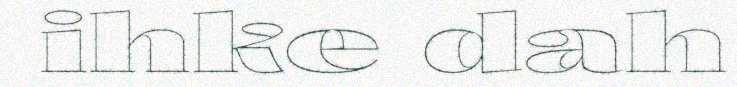
ihke dah